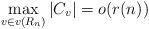
LaTeX: \begin{align*}\max_{v\in v(R_n)}|C_v|=o(r(n))\end{align*}